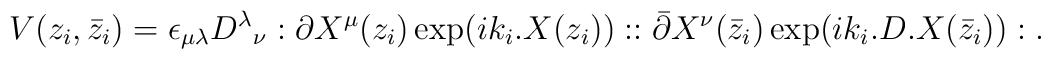
V(z_i,\bar{z}_i)=\epsilon_{\mu\lambda}{D^\lambda}_\nu:\partial X^\mu(z_i)\exp(ik_i.X(z_i))::\bar{\partial}X^\nu(\bar{z}_i)\exp(ik_i.D.X(\bar{z}_i)):.